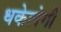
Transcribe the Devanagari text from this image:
धकेलेगी